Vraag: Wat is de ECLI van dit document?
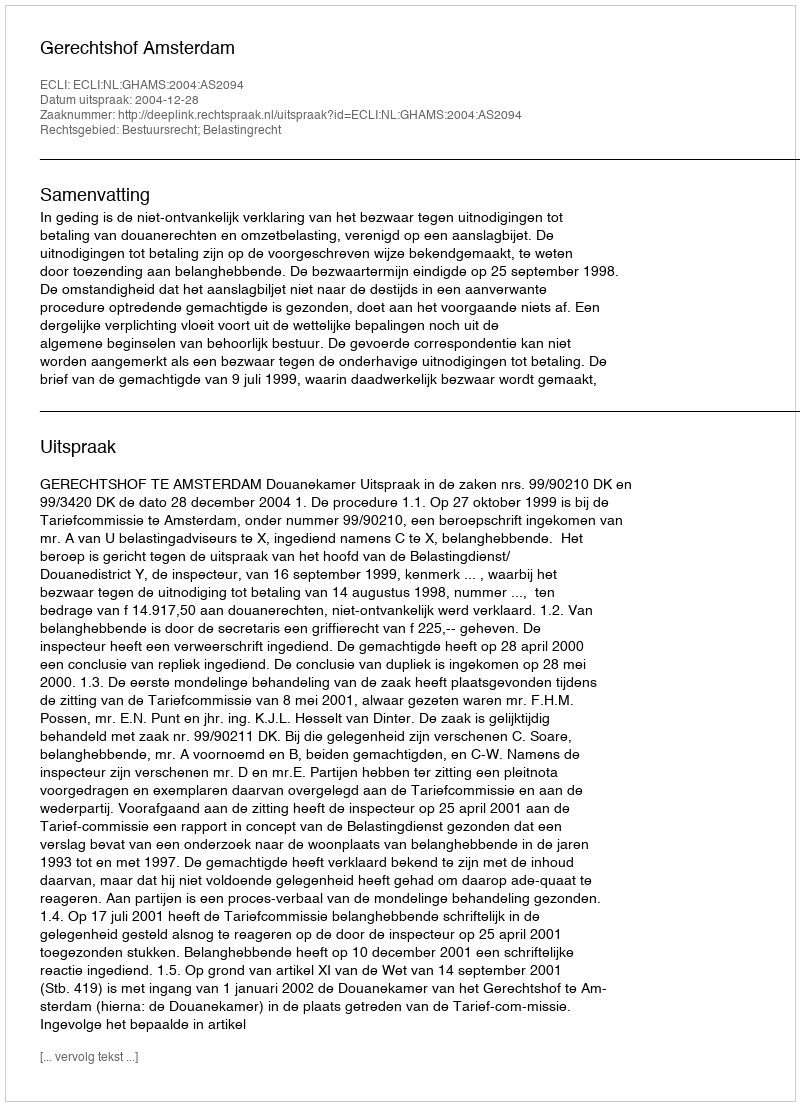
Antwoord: ECLI:NL:GHAMS:2004:AS2094